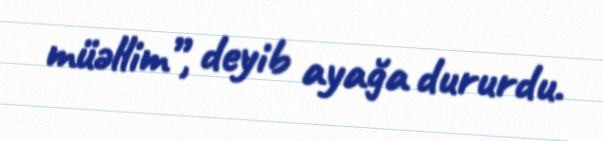
müəllim”, deyib ayağa dururdu.